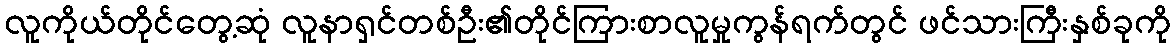
လူကိုယ်တိုင်တွေ့ဆုံ လူနာရှင်တစ်ဦး၏တိုင်ကြားစာလူမှုကွန်ရက်တွင် ဖင်သားကြီးနှစ်ခုကို